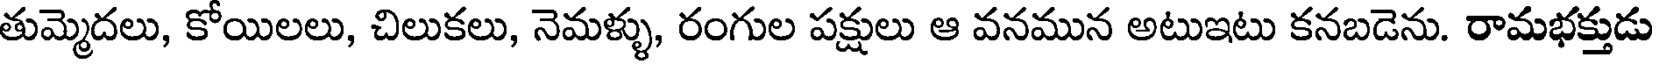
తుమ్మెదలు, కోయిలలు, చిలుకలు, నెమళ్ళు, రంగుల పక్షులు ఆ వనమున అటుఇటు కనబడెను. రామభక్తుడు